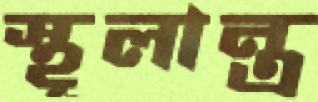
স্থূলান্ত্র